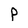
Character: P